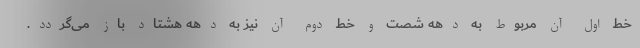
خط اول آن مربوط به دهه شصت و خط دوم آن نیز به دهه هشتاد باز می‌گردد.